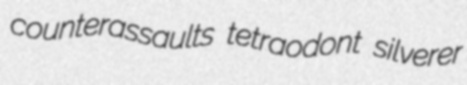
counterassaults tetraodont silverer